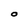
Character: O